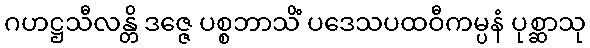
ဂဟဋ္ဌသီလန္တိ ဒဇ္ဇေ ပစ္စဘာသိံ ပဒေသပထဝီကမ္ပနံ ပုစ္ဆာသု